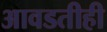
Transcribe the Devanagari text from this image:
आवडतीही